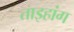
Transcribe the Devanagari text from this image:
ताइहांग